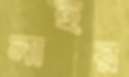
নাহর